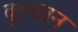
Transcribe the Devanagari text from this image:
वुल्तान